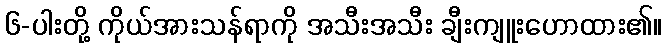
၆-ပါးတို့ ကိုယ်အားသန်ရာကို အသီးအသီး ချီးကျူးဟောထား၏။